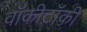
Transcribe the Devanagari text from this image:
वॉकीटॉकी